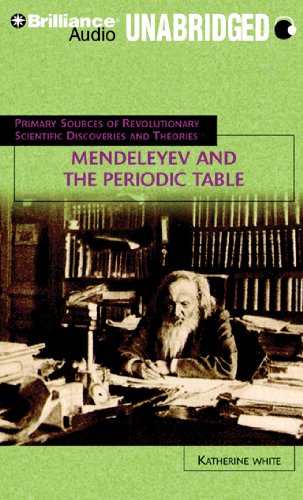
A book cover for Mendeleyev and the Periodic Table (Primary Sources of Revolutionary Scientific Discov); Katherine White; Teen & Young Adult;